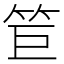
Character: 𥬙